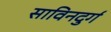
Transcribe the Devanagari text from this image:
साविनदुर्ग